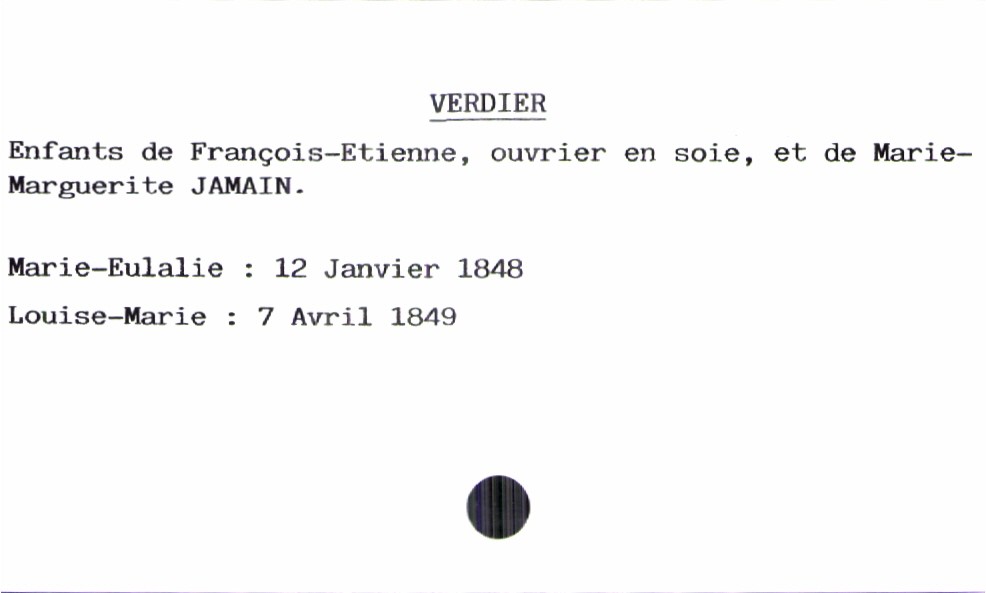
type_acte: Baptême
filiation: fille
enfant_prénom: Louise-Marie
enfant_date_de_naissance: 7 avril 1849
père_enfant_nom: Verdier
père_enfant_prénom: François-Etienne
père_enfant_profession: ouvrier en soie
mère_enfant_nom: Jamain
mère_enfant_prénom: Marie-Marguerite